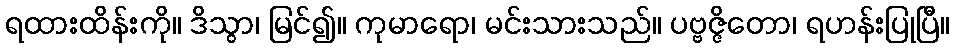
ရထားထိန်းကို။ ဒိသွာ၊ မြင်၍။ ကုမာရော၊ မင်းသားသည်။ ပဗ္ဗဇ္ဇိတော၊ ရဟန်းပြုပြီ။